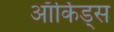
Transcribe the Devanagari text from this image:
ऑर्किड्‌स